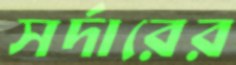
সর্দারের